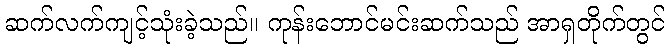
ဆက်လက်ကျင့်သုံးခဲ့သည်။ ကုန်းဘောင်မင်းဆက်သည် အာရှတိုက်တွင်